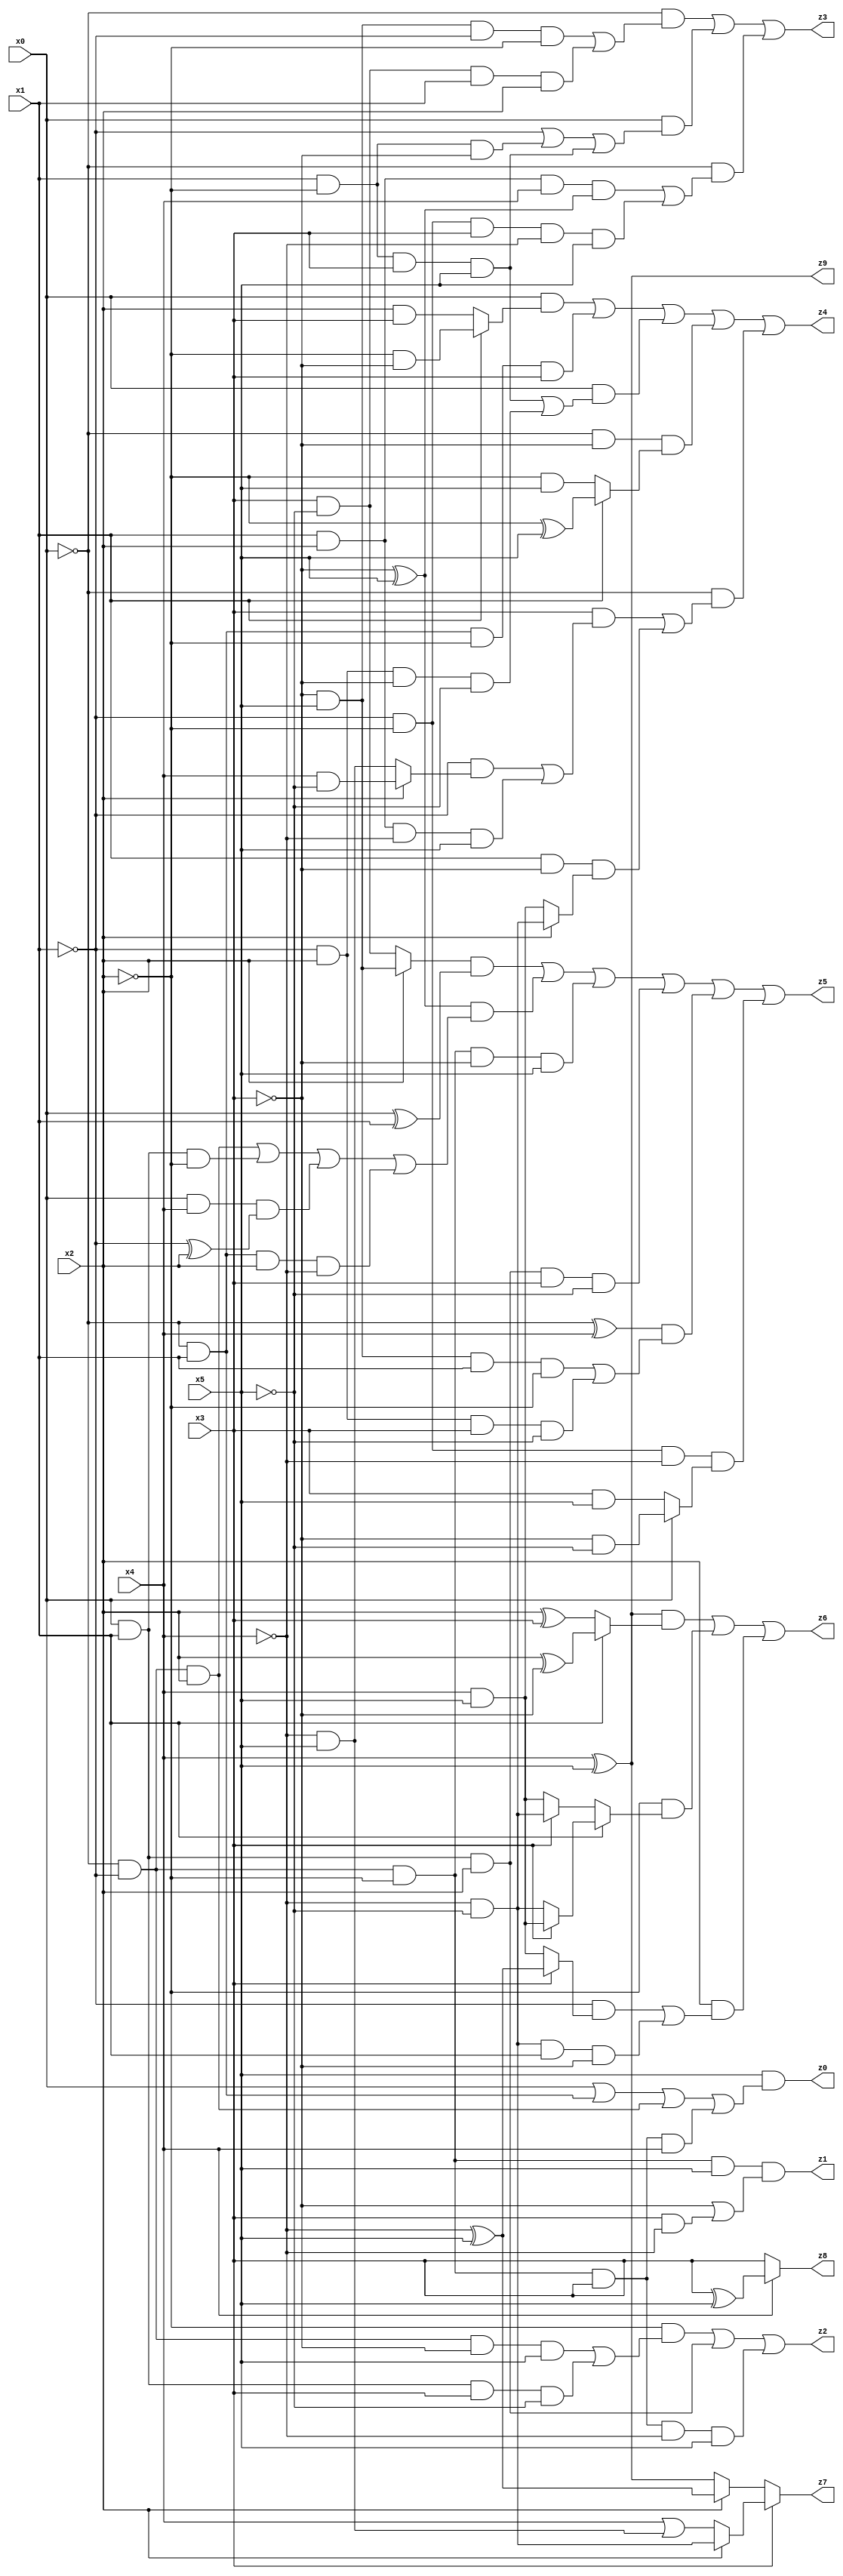
// Benchmark "X_7" written by ABC on Mon Jun 05 16:38:54 2023

module X_7 ( 
    x0, x1, x2, x3, x4, x5,
    z0, z1, z2, z3, z4, z5, z6, z7, z8, z9  );
  input  x0, x1, x2, x3, x4, x5;
  output z0, z1, z2, z3, z4, z5, z6, z7, z8, z9;
  assign z0 = x5 & (x0 | (~x0 & x1) | (~x0 & ~x1 & x2) | (~x0 & ~x1 & ~x2 & x3 & x4));
  assign z1 = ~x0 & ~x1 & ~x2 & x5 & (~x3 | (x3 & ~x4));
  assign z2 = (~x2 & ((~x0 & ~x1 & ~x3 & x5) | (x0 & x1 & x3 & ~x5))) | (x0 & x1 & x2) | (~x0 & ~x1 & ~x2 & x3 & ~x4 & x5);
  assign z3 = (~x0 & ((~x3 & x5 & ~x1 & ~x2) | (x3 & ~x5 & x1 & x2))) | (x0 & (~x1 | (x1 & ~x2 & ~x3) | (x1 & ~x2 & x3 & x5))) | (~x0 & ((x1 & x2 & x4 & (~x3 ^ x5)) | (~x1 & ~x2 & x3 & ~x4 & x5)));
  assign z4 = (x0 & (x1 ? (~x2 & ~x3) : (x2 & x3))) | (~x0 & x1 & ~x2 & x3) | (x0 & ((x1 & ~x2 & x3 & x5) | (~x1 & x2 & ~x3 & ~x5))) | (~x0 & ~x3 & (x1 ? (~x2 ^ x5) : (~x2 & x5))) | (~x0 & ((x3 & ((~x1 & (x2 ? (x4 & ~x5) : (~x4 & x5))) | (x1 & x2 & ~x4 & x5))) | (x1 & ~x3 & (x2 ? (~x4 & ~x5) : (x4 & x5)))));
  assign z5 = ((x2 ? (~x3 & x5) : (x3 & ~x5)) & (x0 ^ x1)) | ((~x3 ^ x5) & ((~x0 & ~x1 & x2) | (x0 & x1 & ~x2) | (x0 & x4 & (~x1 ^ x2)) | (~x0 & x1 & x2 & ~x4))) | (~x0 & ~x1 & ~x2 & ~x3 & x5) | (x0 & x1 & x2 & x3 & ~x5) | ((~x0 ^ x4) & ((~x3 & x5 & x1 & ~x2) | (~x1 & x2 & x3 & ~x5))) | (~x1 & ~x2 & ~x4 & (x0 ? (~x3 & ~x5) : (x3 & x5)));
  assign z6 = ((x4 ^ x5) & (x1 ? (x2 ^ ~x3) : (x2 ^ x3))) | (~x2 & (x1 ? (x3 ? (x4 & x5) : (~x4 & ~x5)) : (x3 ? (~x4 & ~x5) : (x4 & x5)))) | (x2 & ((~x1 & (x3 ? (~x4 ^ x5) : (x4 & x5))) | (~x4 & ~x5 & x1 & ~x3)));
  assign z7 = x3 ? (x2 ? (~x4 & ~x5) : (x4 | (~x4 & x5))) : (x2 ? (~x4 ^ x5) : (x4 ^ x5));
  assign z8 = x4 ? (x3 ^ x5) : x3;
  assign z9 = x4 ^ x5;
endmodule